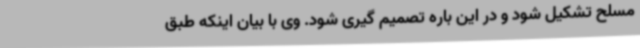
مسلح تشکیل شود و در این باره تصمیم گیری شود. وی با بیان اینکه طبق